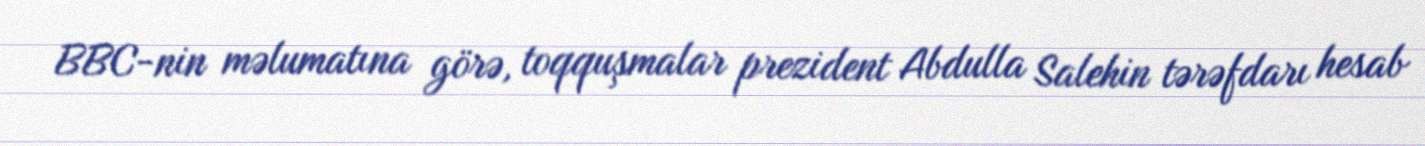
BBC-nin məlumatına görə, toqquşmalar prezident Abdulla Salehin tərəfdarı hesab